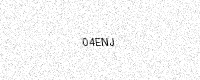
Text: 04ENJ